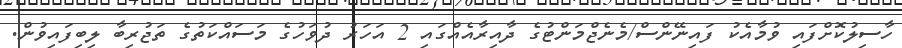
ހާސިލުކޮށްފައި ވުމާއެކު ފައިނޭންސް/މެނެޖްމަންޓުގެ ދާއިރާއެއްގައި 2 އަހަރު ދުވަހުގެ މަސައްކަތުގެ ތަޖުރިބާ ލިބިފައިވުން.